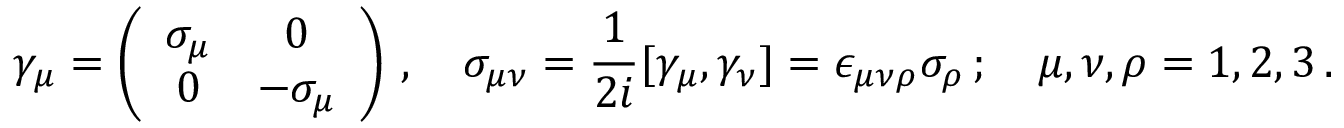
\gamma _ { \mu } = \left( \begin{array} { c c } { { \sigma _ { \mu } } } & { { 0 } } \\ { { 0 } } & { { - \sigma _ { \mu } } } \end{array} \right) \, , \quad \sigma _ { \mu \nu } = { \frac { 1 } { 2 i } } [ \gamma _ { \mu } , \gamma _ { \nu } ] = \epsilon _ { \mu \nu \rho } \sigma _ { \rho } \, ; \quad \mu , \nu , \rho = 1 , 2 , 3 \, .